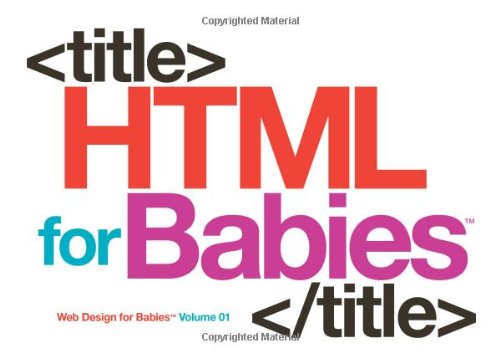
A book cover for HTML for Babies: Volume 1 of Web Design for Babies; John C Vanden-Heuvel Sr; Children's Books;